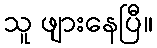
သူ ဖျားနေပြီ။